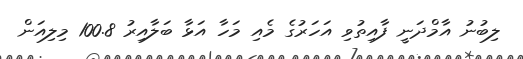
ލިބުނު އާމްދަނީ ފާއިތުވި އަހަރުގެ މެއި މަހާ އަޅާ ބަލާއިރު 100.8 މިލިއަން